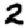
Digit: 2